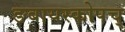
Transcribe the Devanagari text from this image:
ङबायस्कोपच्